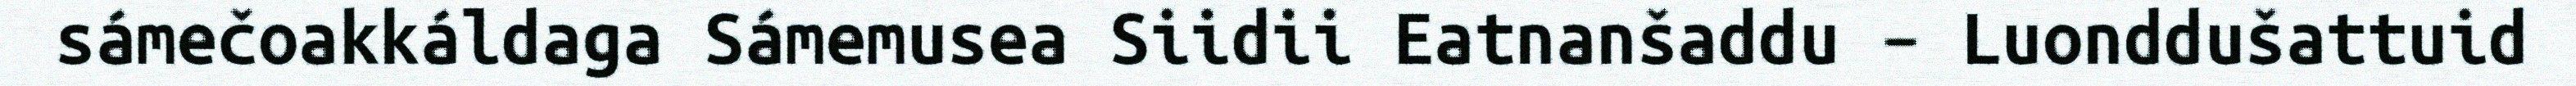
sámečoakkáldaga Sámemusea Siidii Eatnanšaddu – Luonddušattuid